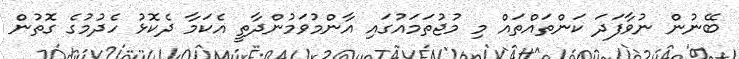
ބޭނުން ނުވާފަދަ ކަންތައްތައް މި މުޖުތަމައުގައި އާންމުވަމުންދާތީ އެކަމާ ދެކޮޅު ހެދުމުގެ ގޮތުން